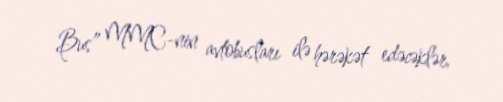
Bus” MMC-nin avtobusları ilə hərəkət edəcəklər.